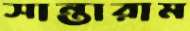
সান্তারাম